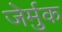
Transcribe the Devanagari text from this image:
जेर्मुक